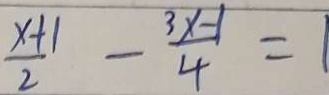
\frac { x + 1 } { 2 } - \frac { 3 x - 1 } { 4 } = 1